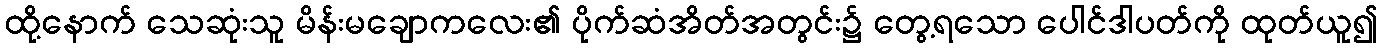
ထို့နောက် သေဆုံးသူ မိန်းမချောကလေး၏ ပိုက်ဆံအိတ်အတွင်း၌ တွေ့ရသော ပေါင်ဒါပတ်ကို ထုတ်ယူ၍